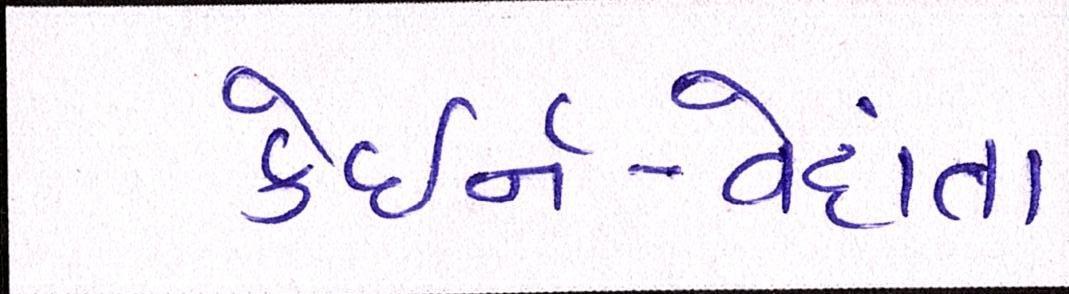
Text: કેઇર્ન-વેદાંતા